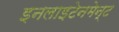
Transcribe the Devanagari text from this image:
इनलाइटेनमेन्ट